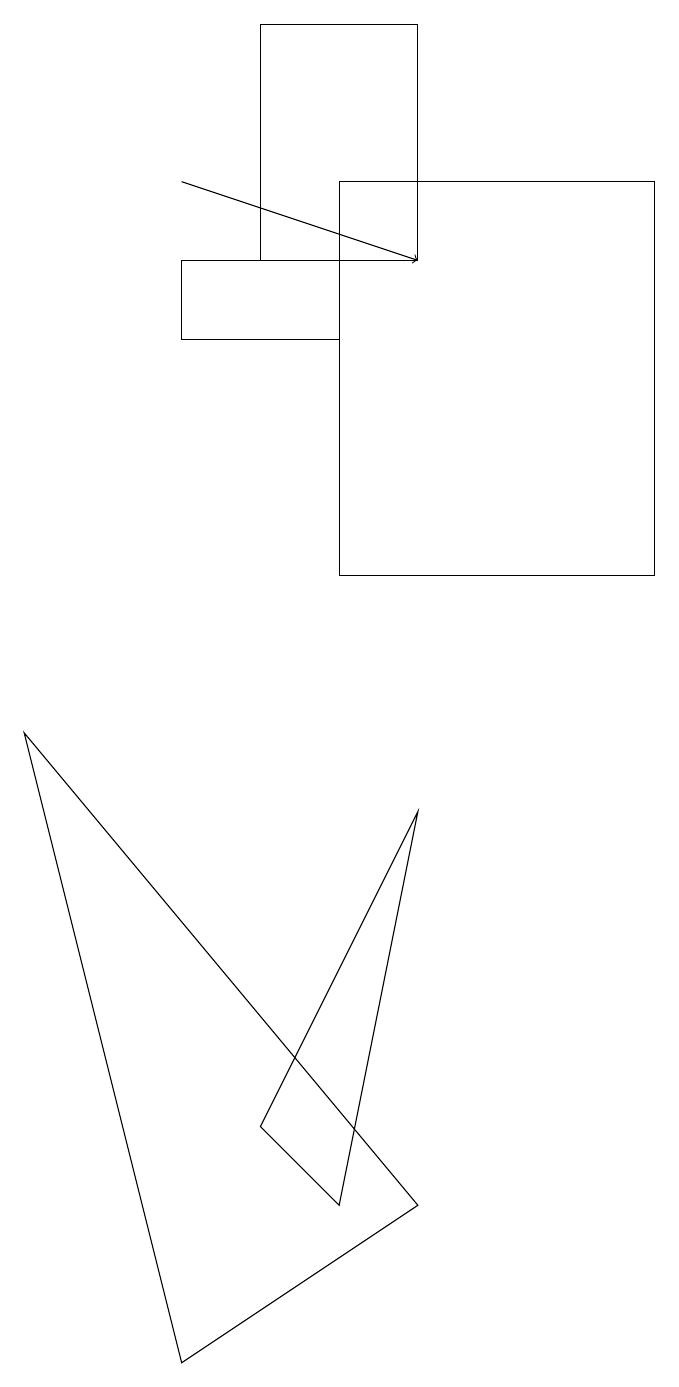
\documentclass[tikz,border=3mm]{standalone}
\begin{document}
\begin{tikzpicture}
\draw (3,18) rectangle (5,15);
\draw[->] (2,16) -- (5,15);
\draw (2,1) -- (0,9) -- (5,3) -- cycle;
\draw (4,11) rectangle (8,16);
\draw (2,14) rectangle (4,15);
\draw (3,4) -- (5,8) -- (4,3) -- cycle;
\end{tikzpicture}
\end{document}